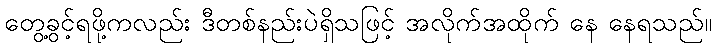
တွေ့ခွင့်ရဖို့ကလည်း ဒီတစ်နည်းပဲရှိသဖြင့် အလိုက်အထိုက် နေ နေရသည်။